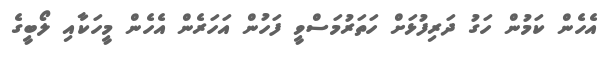
އެހެން ކަމުން ހަގު ދަރިފުޅަށް ހަތަރުމަސްވީ ފަހުން އަހަރެން އެހެން މީހަކާއި ލޯބީގެ